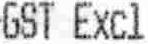
GST EXCL